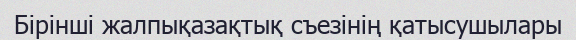
Бірінші жалпықазақтық съезінің қатысушылары